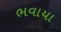
ભવાયા